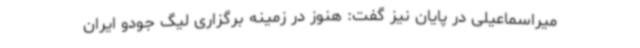
میراسماعیلی در پایان نیز گفت: هنوز در زمینه برگزاری لیگ جودو ایران